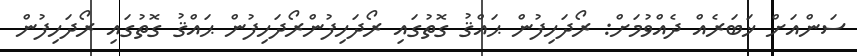
ސަންއަށް ޚަބަރެއް ދެއްވުމަށް: ރޯދަހިފުން ޙައްޤު ގޮތުގައި ރޯދަހިފުންރޯދަހިފުން ޙައްޤު ގޮތުގައި ރޯދަހިފުން